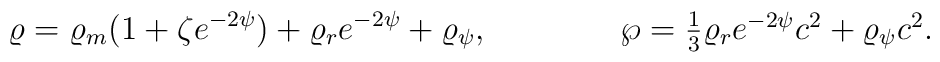
\varrho=\varrho_m(1+\zeta e^{-2\psi})+\varrho_re^{-2\psi}+\varrho_{\psi},\ \ \ \ \ \ \ \ \ \ \ \ \wp=\textstyle{1\over 3}\varrho_re^{-2\psi}c^2+\varrho_{\psi}c^2.